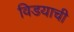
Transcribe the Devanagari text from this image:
विडयाची